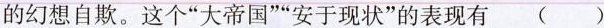
的幻想自欺。这个”大帝国””安于现状”的表现有( )